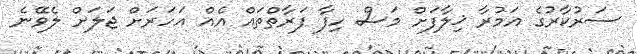
ސަރުކާރުގެ އަމުރާ ޚިލާފަށް މަސް ހިފާ ފަރާތްތައް އެއް އަހަރަށް ޖަލަށް ލެވޭނެ